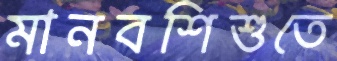
মানবশিশুতে